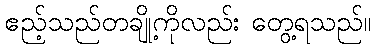
ဧည့်သည်တချို့ကိုလည်း တွေ့ရသည်။